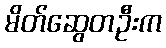
မိတ်ဆွေတဦးက